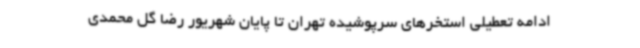
ادامه تعطیلی استخرهای سرپوشیده تهران تا پایان شهریور رضا گل محمدی